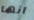
انها